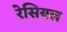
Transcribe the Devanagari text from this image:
रेसियल